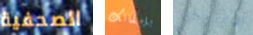
الصحفية بإمكانك الافتراض